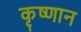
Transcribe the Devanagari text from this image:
कृष्णान